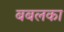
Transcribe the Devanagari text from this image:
बबलका